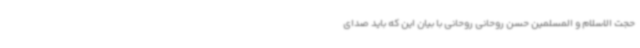
حجت الاسلام و المسلمین حسن روحانی روحانی با بیان این که باید صدای